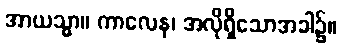
အာယသ္မာ။ ကာလေန၊ အလိုရှိသောအခါ၌။